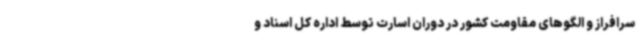
سرافراز و الگوهای مقاومت کشور در دوران اسارت توسط اداره کل اسناد و